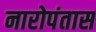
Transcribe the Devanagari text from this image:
नारोपंतास